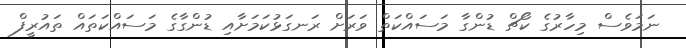
ނަމަވެސް މިހާރުގެ ކޯޗް ޑުންގާ މަސައްކަތް ވަރަށް ރަނގަޅުކަމަށާއި ޑުންގާގެ މަސައްކަތައް ތައުރީފް